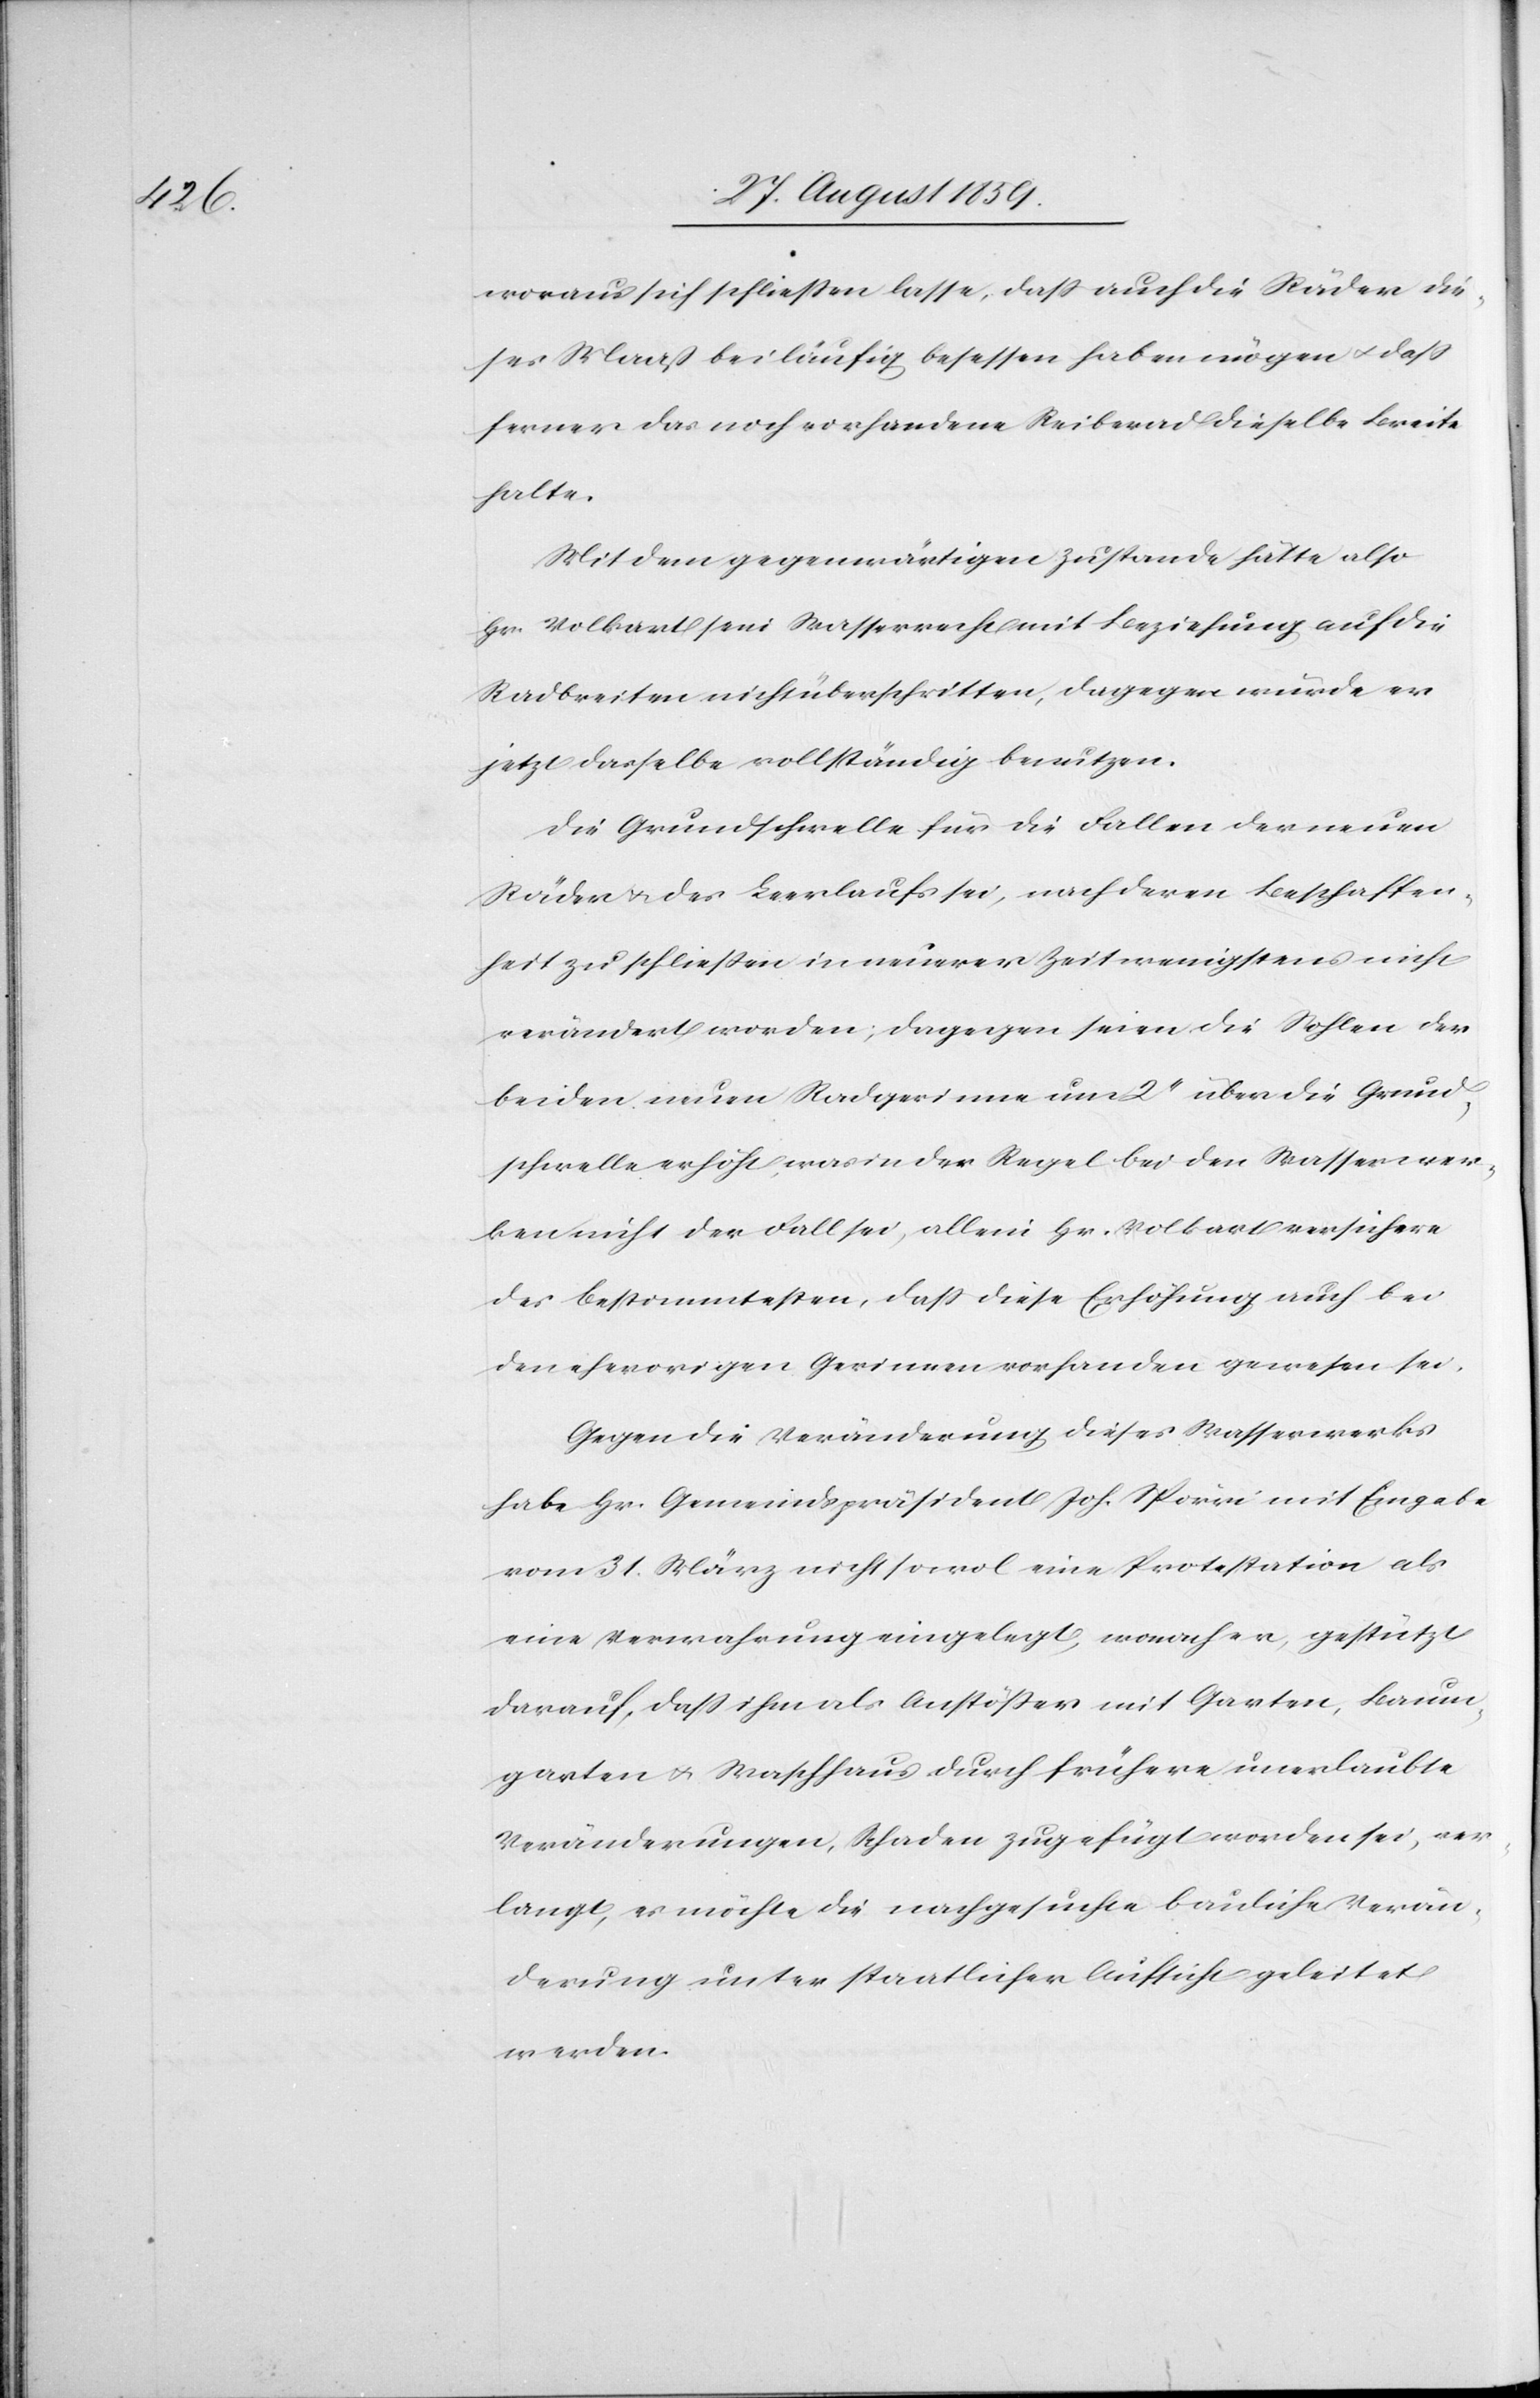
woraus sich schließen lasse, daß auch die Räder die¬
ses Maaß beiläufig besessen haben mögen & daß
ferner das noch vorhandene Reiberad dieselbe Breite
halte.
Mit dem gegenwärtigen Zustande hätte also
Hr. Volkart sein Wasserrecht mit Beziehung auf die
Radbreiten nicht überschritten, dagegen würde er
jetzt dasselbe vollständig benutzen.
Die Grundschwelle für die Fallen der neuen
Räder & des Leerlaufs sei, nach deren Beschaffen¬
heit zu schließen in neuerer Zeit wenigstens nicht
verändert worden; dagegen seien die Sohlen der
beiden neuen Radgerinne um 2’’ über die Grund¬
schwelle erhöht, was in der Regel bei den Wasserwer¬
ken nicht der Fall sei, allein Hr. Volkart versichere
des Bestimmtesten, daß diese Erhöhung auch bei
den ehevorigen Gerinnen vorhanden gewesen sei.
Gegen die Veränderung dieses Wasserwerks
habe Hr. Gemeindspräsident Joh. Spörri mit Eingabe
vom 31. März nicht sowol eine Protestation als
eine Verwahrung eingelegt, wonach er, gestützt
darauf, daß ihm als Anstößer mit Garten, Baum¬
garten & Waschhaus durch frühere unerlaubte
Veränderungen, Schaden zugefügt worden sei, ver¬
langt, es möchte die nachgesuchte bauliche Verän¬
derung unter staatlicher Aufsicht geleistet
werden.